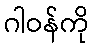
ဂါဝန်ကို